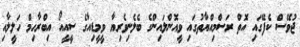
ޖުވޭސް ކެފޭގައި އޮތް ރަސްމިއްޔާތުގައި ވީއޮންލައިންގެ ބެލެނިވެރިޔާ ވީމީޑިއާގެ ސީއީއޯ އިބްރާހިމް ހަލީލާއި